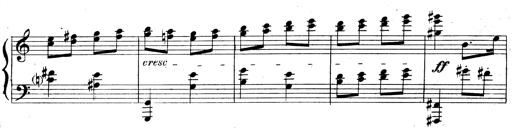
Title: 3 Sonatinas for Piano
Composer: Vissarion Shebalin